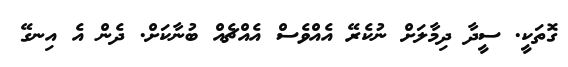
ގޮތަކީ. ސީދާ ދިމާލަށް ނުކެރޭ އެއްވެސް އެއްޗެއް ބުނާކަށް. ދެން އެ އިނގޭ